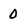
Character: 0